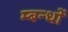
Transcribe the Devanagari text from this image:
म्बन्धों